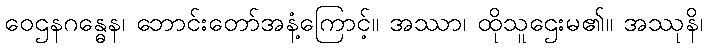
ဝေဌနဂန္ဓေန၊ ဘောင်းတော်အနံ့ကြောင့်။ အဿာ၊ ထိုသူဌေးမ၏။ အဿုနိ၊